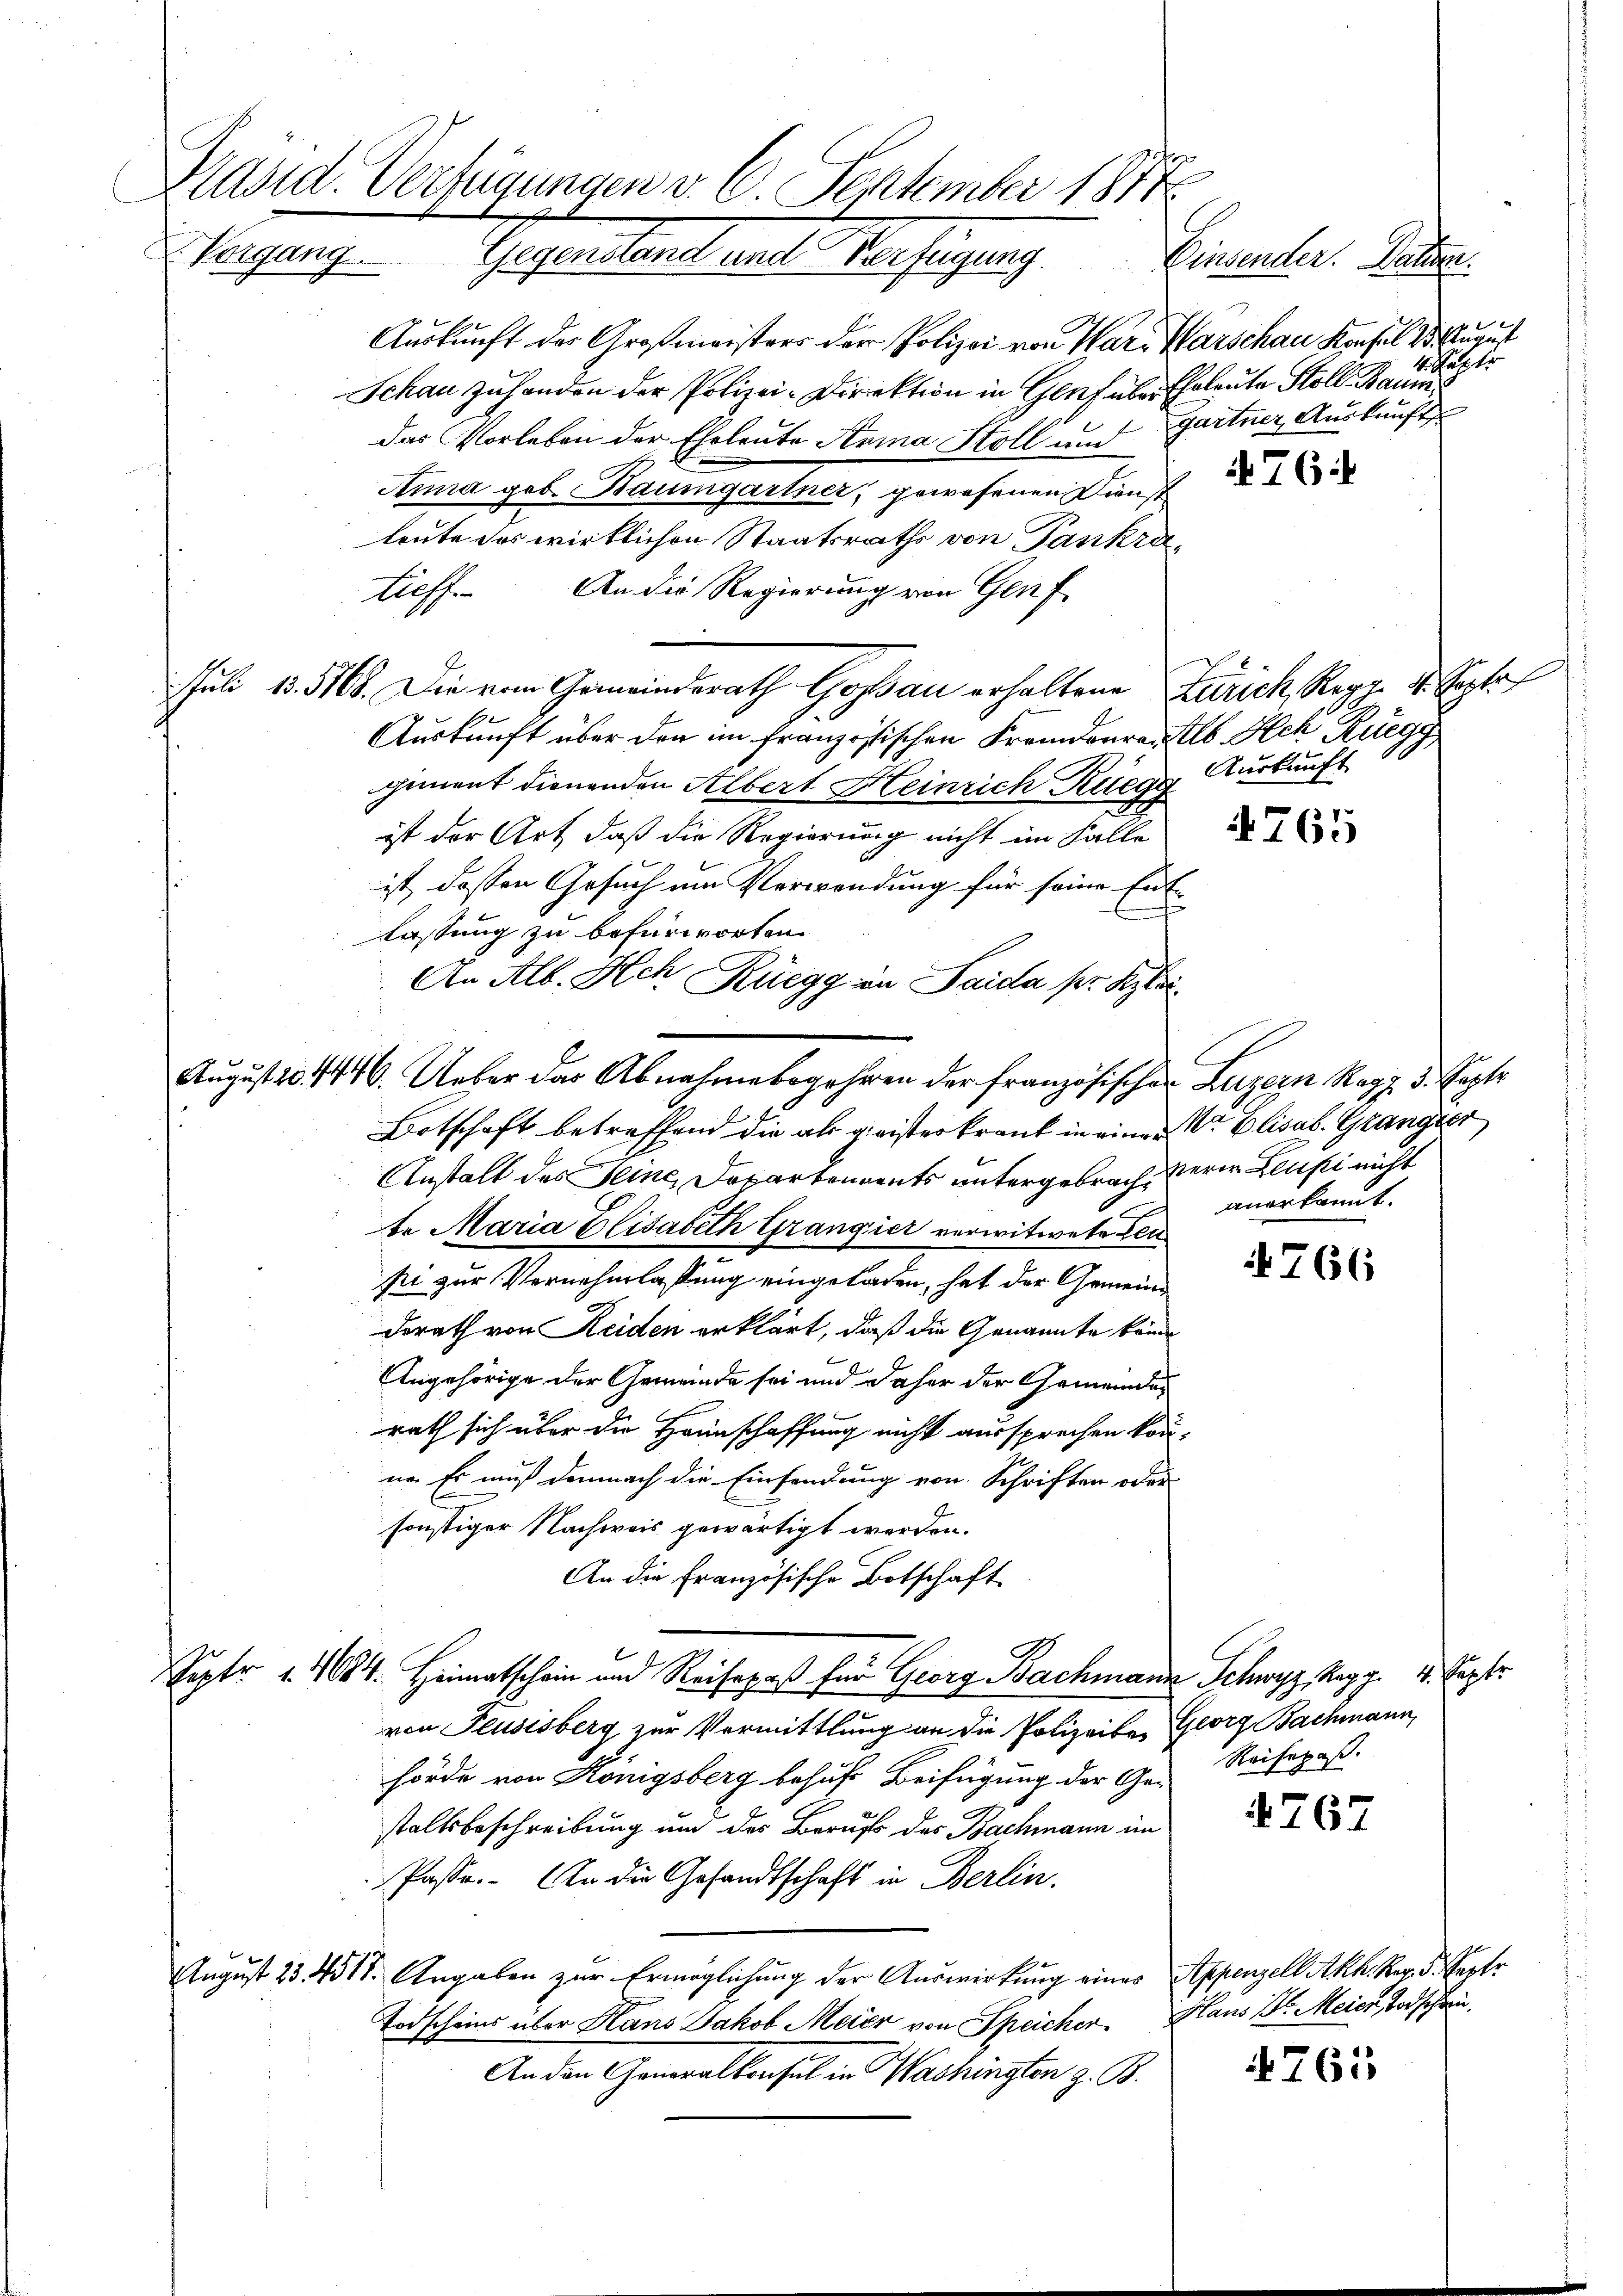
Päsid. Verfügungen v. 6. September 1814
Vorgang. Gegenstand und Verfügung. Einsender. Patier

Auskunft der Großmeisters der Polizei von War- Marschau Konsul S. August
Schau zu handen der Polizei-Direktion in Genf über Eheleute Stoll Baums
Das Vorleben der Eheleute Avina Stoll und
Anna geb. Baumgartner, gewesenen Dienst
leute das wirklichen Staatsraths von Pankra¬
Ziff. An die Regierung von Genf
Juli 13. 5168. Die vom Gemeindsrath Goßau erhaltene Zürich Regg. d. Septe
Auskunft über den im französischen Fremdenrentl. Ach Ruegg
giment dienenden Albert Heinrich Ruegg
ist der Art, daß die Regierung nicht im Falle
ist dessen Gesuch um Verwendung für seine Ent-
.
lassung zu befürworten.
An Alb. Hch Rüegg in Saida per Klei
Botschaft betreffend die als geister krank in einer V. Elisab. Glanger
Anstalt des Seine, Departements untergebrach erin Lupi nicht
te Maria Elisabeth Grangier verwitwete Leu
pi zur Vernehmlassung eingeladen, hat der Gemeinderath von Heiden erklärt, daß die Genannte keine
Angehörige der Gemeinde sei und daher der Gemeindes
rath sich über die Hannschaffung nicht aussprechen könne. Er muß demnach die Einsendung von Schriften oder
sonstiger Nachweis gewärtigt werden.
An die Französische Botschaft
Siptr 4. 1684. Heimatschein und Reisepaß für Georg Bachmann Schwyz, Regg. 4. Septe
von Feusisberg zur Vermittlung an die Polizeiben Georg Bachmann,
hörde von Königsberg behufs Beifügung der Ge- Reisepaß.
staltsbeschreibung und des Berufs des Bachmann im
Pässe. An die Gesandtschaft in Berlin.
August 23. 4511. Angaben zur Ermöglichung der Auswirkung eines Appenzell Akh. Rer. 5. Septe
Todscheins über Hans Jakob Meier von Speicher. Haus Dr. Meier Todschein.
An den Gamwalkensat in Washingen z. B.

August 1014446. Ueber das Abnahme begehren der französischer Luzern Ragz 3. Septe

f
4. Justi
gartner Auskunft

76

Auskunft

4765

anerkannt.

4766

4767

4761